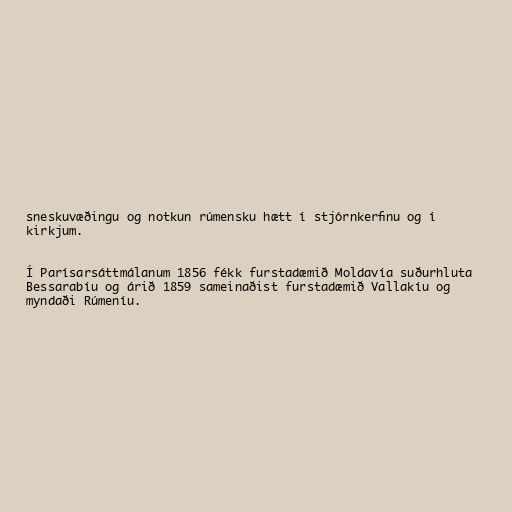
sneskuvæðingu og notkun rúmensku hætt í stjórnkerfinu og í
kirkjum.

Í Parísarsáttmálanum 1856 fékk furstadæmið Moldavía suðurhluta
Bessarabíu og árið 1859 sameinaðist furstadæmið Vallakíu og
myndaði Rúmeníu.